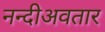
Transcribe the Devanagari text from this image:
नन्दीअवतार